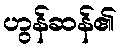
ဟွန်ဆန်၏